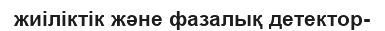
жиіліктік және фазалық детектор-